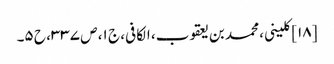
[۱۸] کلینی، محمد بن یعقوب، الکافی، ج ۱، ص ۳۳۷، ح ۵۔